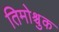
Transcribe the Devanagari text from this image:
तिमोश्चुक